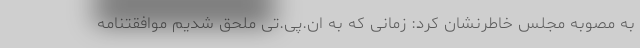
به مصوبه مجلس خاطرنشان کرد: زمانی که به ان.پی.تی ملحق شدیم موافقتنامه‌